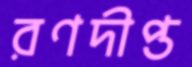
রণদীপ্ত